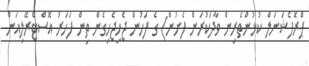
ޕްރޮފެޝަނަލް ކުޅުންތެރިން ވާދަކުރަން ފެށުން) ގެ ފަހުން ޖެހިޖެހިގެން ތިން ފަހަރު އޮސްޓްރޭލިއަން